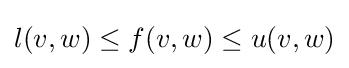
l(v,w)\leq f(v,w)\leq u(v,w)